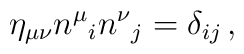
\eta_{\mu\nu} n^\mu{}_i n^\nu{}_j =  \delta_{ij}\,,